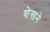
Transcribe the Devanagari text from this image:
शेखने